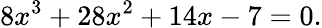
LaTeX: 8x^{3}+28x^{2}+14x-7=0.